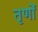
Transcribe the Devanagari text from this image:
तृणों